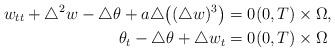
LaTeX: \begin{align*}w_{tt} + \triangle^{2} w - \triangle \theta + a\triangle \big((\triangle w)^{3}\big) &= 0 (0, T) \times \Omega, \\\theta_{t} - \triangle \theta + \triangle w_{t} &= 0 (0, T) \times \Omega\end{align*}